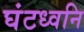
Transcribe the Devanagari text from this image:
घंटध्वनि